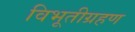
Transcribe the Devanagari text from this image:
विभूतीग्रहण